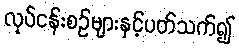
လုပ်ငန်းစဉ်များနှင့်ပတ်သက်၍